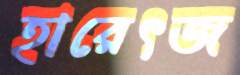
হারেৎজ